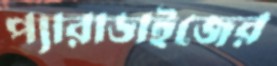
প্যারাডাইজের